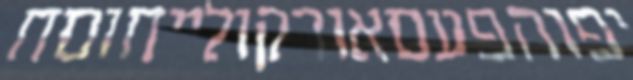
יפוהפעםאורקולייחוםח